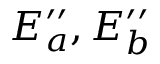
E _ { a } ^ { \prime \prime } , E _ { b } ^ { \prime \prime }